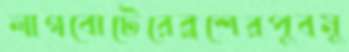
লাগবোটেরেব্লশেরপুবমু